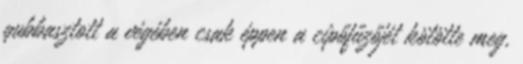
gubbasztott a végében csak éppen a cipőfűzőjét kötötte meg,